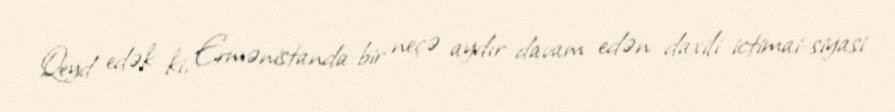
Qeyd edək ki, Ermənistanda bir neçə aydır davam edən daxili ictimai-siyasi